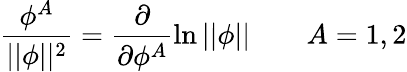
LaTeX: \frac{\phi^{A}}{||\phi||^{2}}=\frac\partial{\partial\phi^{A}}\ln||\phi||\quad\quad A=1,2